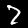
Digit: 7